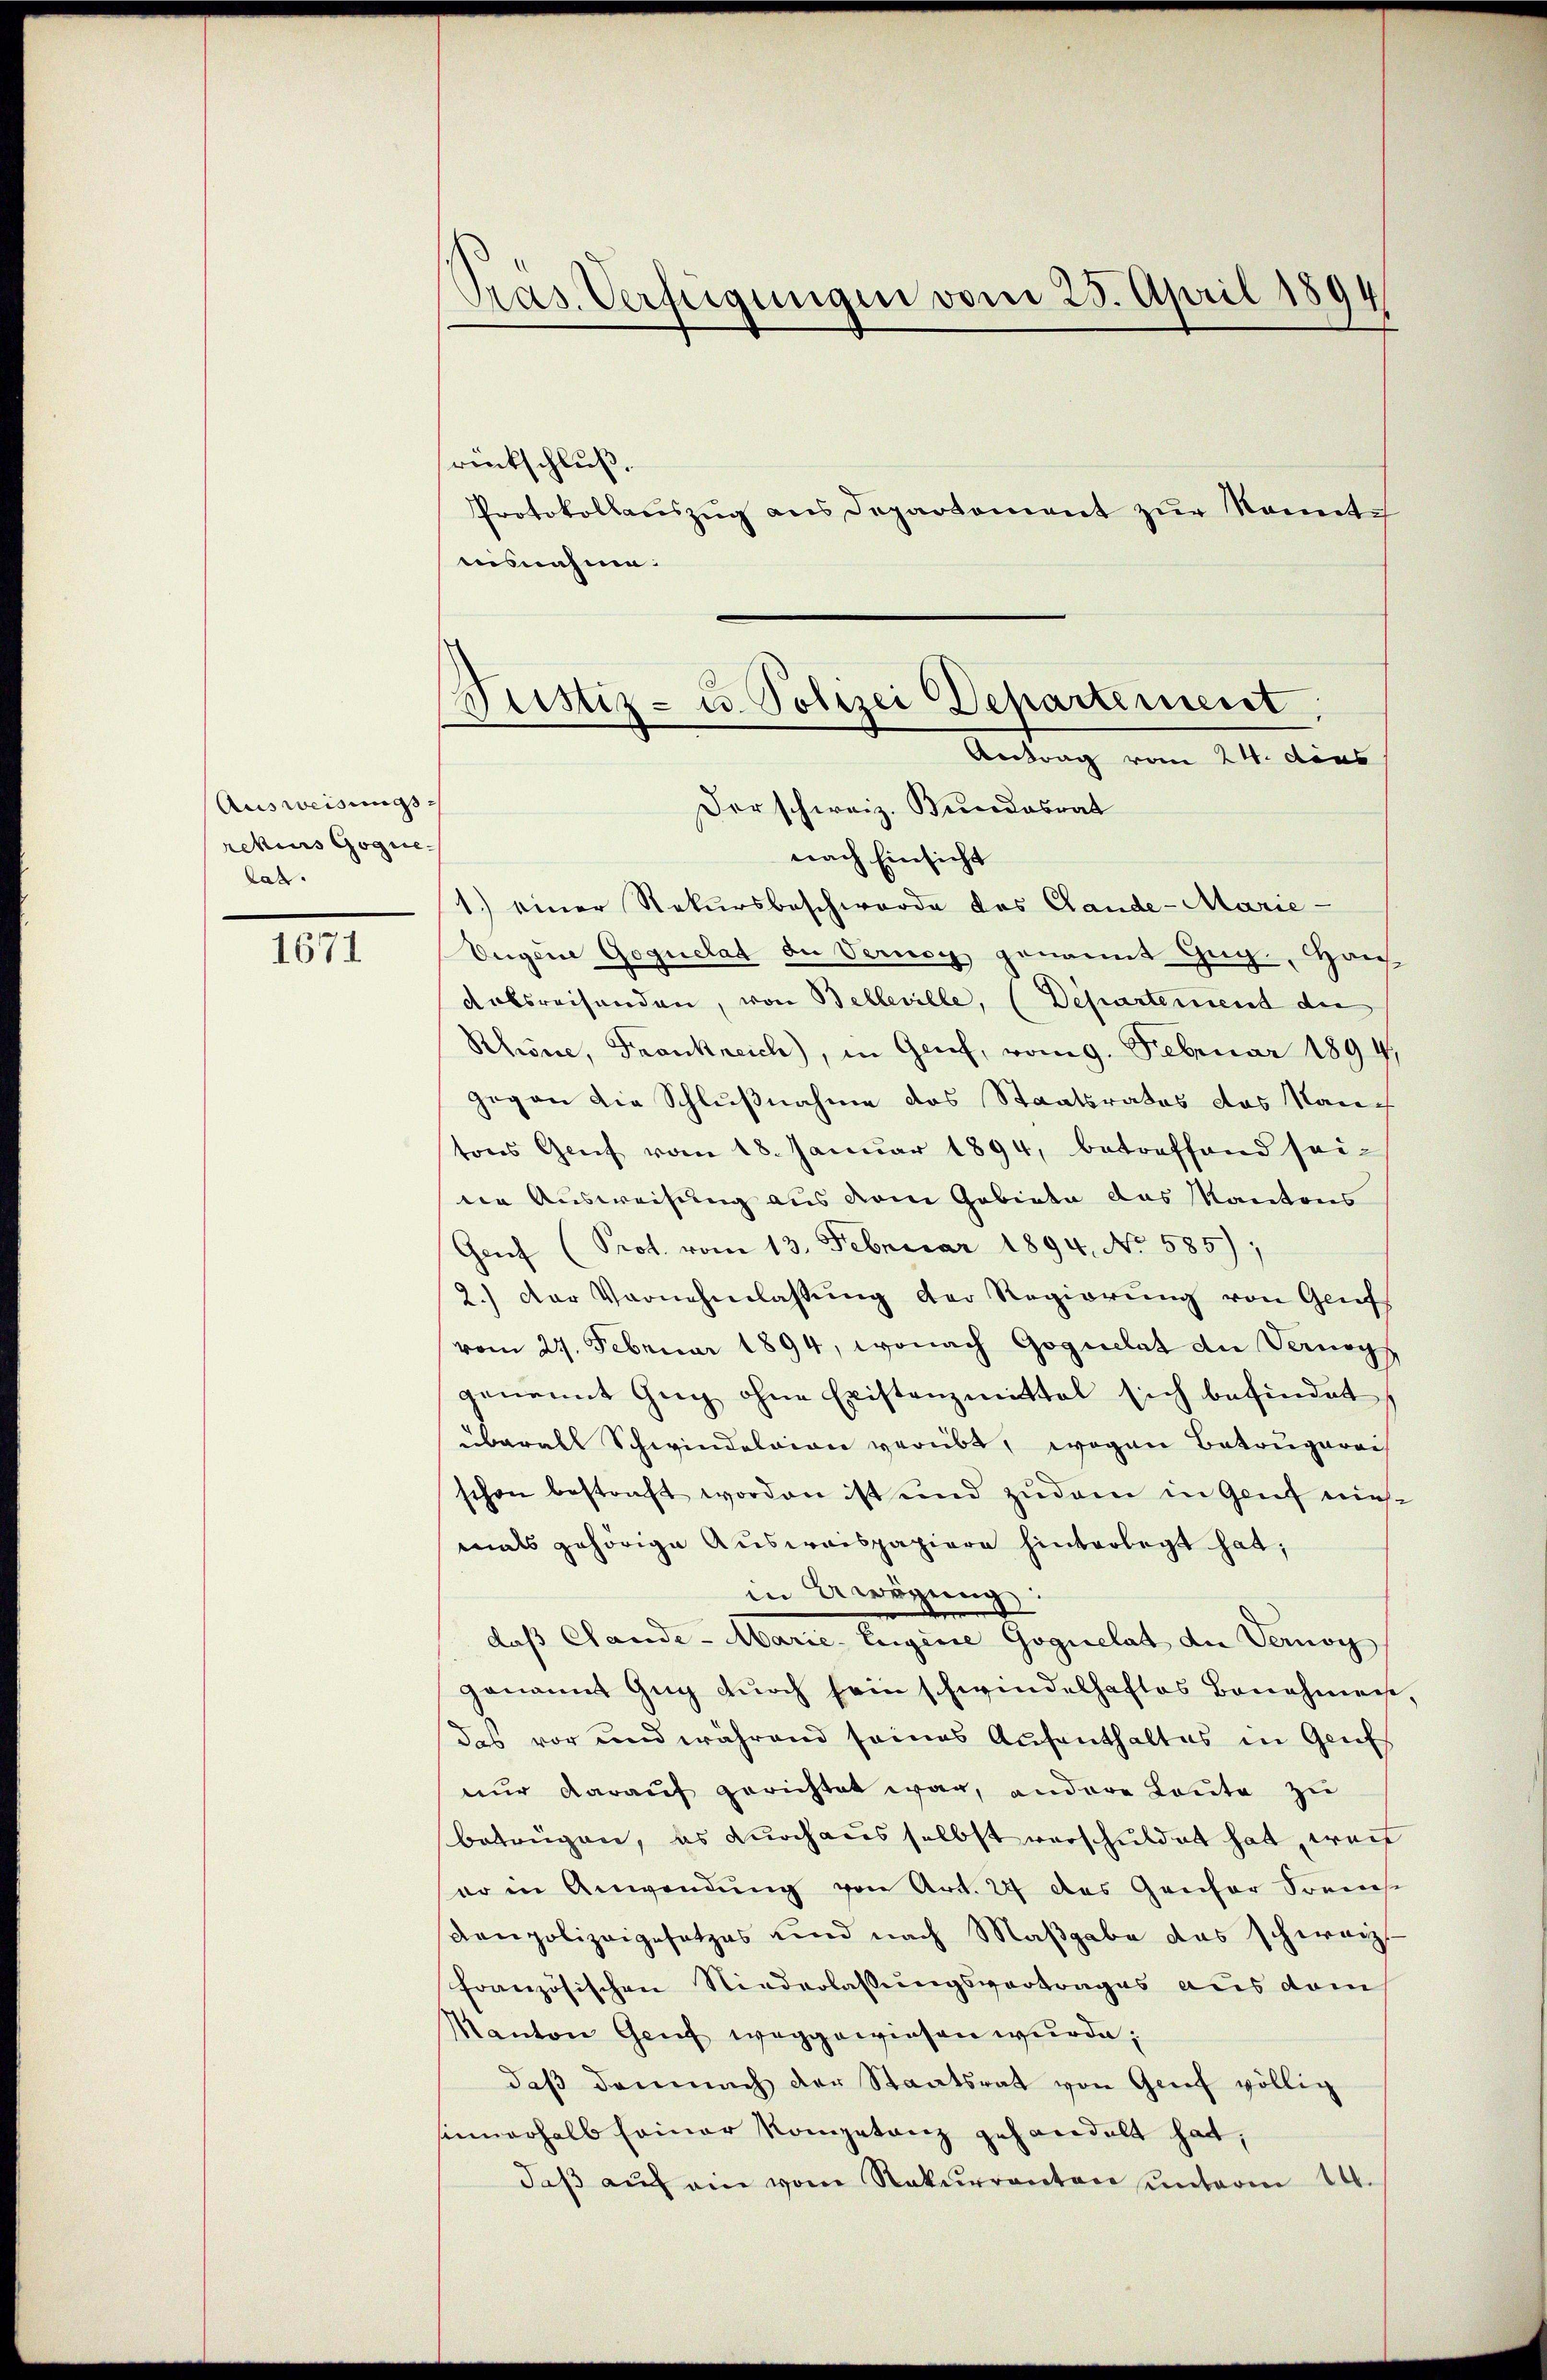
Ausweisungs-
rekurs Gogie
lat.

1671

Präs. Verfügungen vom 25. April 1894

rückschluß.
Protokollauszug aus Departement zŭr Nomite
aisnahme.
nach Einsicht
1.) einer Rekursbeschwerde das Gande-Marie-
Eugene Goguelat der Vernach genannt Geg., Haus
datsreisenden, von Belleville, (Departement der
Rhine, Frankreich, in Genf, vom 9. Februar 1894,
gegen die Schlußnahme das Staatsrates das Nantons Genf vom 18. Januar 1894, betreffend seine Ausweisung aus dem Gebiete das Kantons
Genf (Prot. vom 13. Februar 1894. No. 585),
2.) Der Vornehmlassŭng der Regierŭng von Genf
vom 27. Februar 1894, wonach Goguelat die Verungs
genannt Zŭg ohne Existenzmittel sich befindet,
überall Schwindelvion verübt, wogen Betrugerei
schon bestraft worden ist und zudem in Genf nies
mals gehörige Ausweispapiere hinterlegt hat;
in Anregung:
daß Stande. Marie Regien Geziellet, den Samor
genannt Gug durch sein schwindelhaftes Bannherenes,
das vor und während seines Aufenthaltes in Genf
nur darauf gerichtet war, andere Leute zu
betrügen, es durchaus selbst verschuldet hat, wenn
eo in Anwendŭng von Art. 27 des Gansor Freihe
Kaupolizeigesetzes und nach Maßgabe das schweiz.
Französischen Niederlassungsvertrages aus dem
Kanton Genf weggewiesen wurde;
daß demnach der Staatsrat von Genf völlig
innerhalb seiner Kompetanz gehandelt hat,
daβ aŭf ein vom Rekurrenten unterm 14.

ustiz- u. Polizei Departement
Antrag vom 24. dies
Der schweiz. Bundesrat